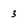
Character: 3